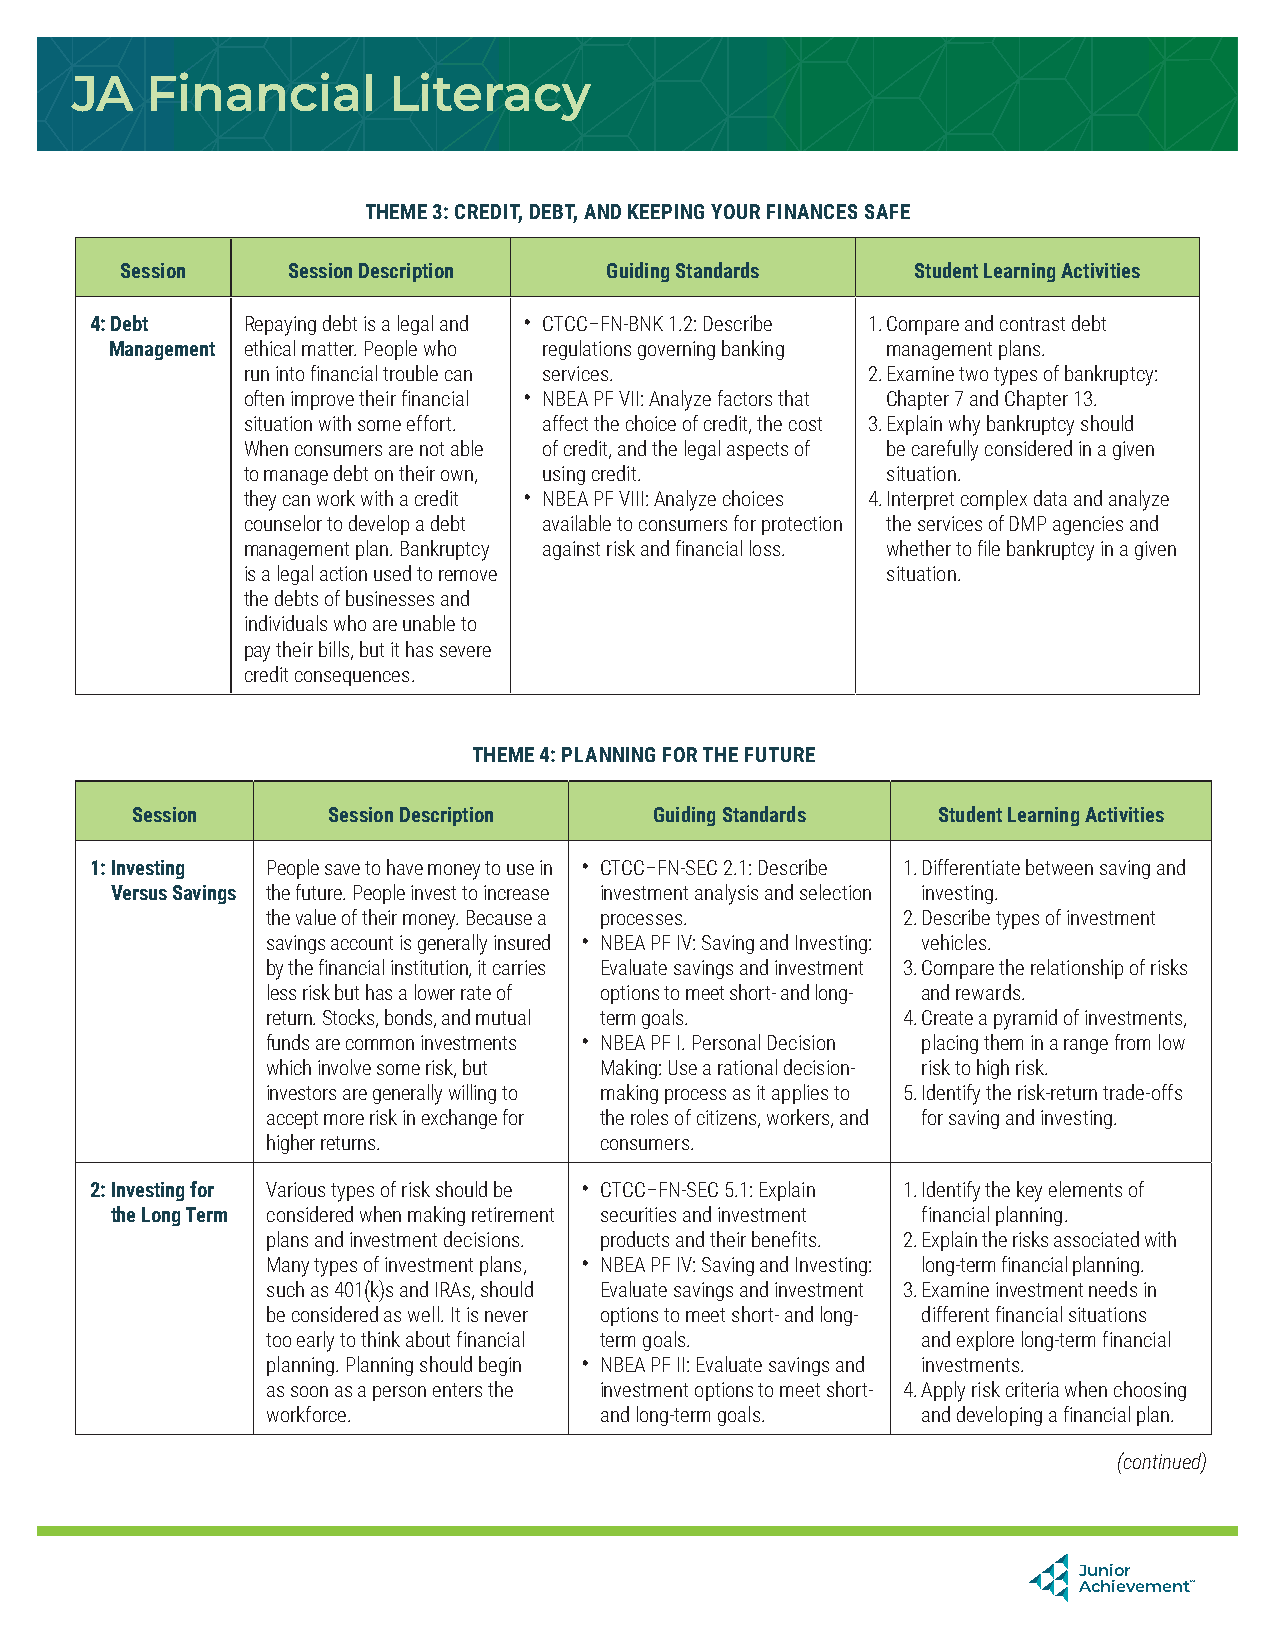
JA   Financial       Literacy
 THEME 3: CREDIT, DEBT, AND KEEPING YOUR FINANCES SAFE
 Session    Session Description  Guiding Standards    Student Learning Activities
 4: Debt   Repaying debt is a legal and • CTCC–FN-BNK 1.2: Describe 1. Compare and contrast debt
 Management ethical matter. People who regulations governing banking management plans.
 run into financial trouble can services. 2. Examine two types of bankruptcy:
 often improve their financial • NBEA PF VII: Analyze factors that Chapter 7 and Chapter 13.
 situation with some effort. affect the choice of credit, the cost 3. Explain why bankruptcy should
 When consumers are not able of credit, and the legal aspects of be carefully considered in a given
 to manage debt on their own, using credit. situation.
 they can work with a credit • NBEA PF VIII: Analyze choices 4. Interpret complex data and analyze
 counselor to develop a debt available to consumers for protection the services of DMP agencies and
 management plan. Bankruptcy against risk and financial loss. whether to file bankruptcy in a given
 is a legal action used to remove           situation.
 the debts of businesses and
 individuals who are unable to
 pay their bills, but it has severe
 credit consequences.
 THEME 4: PLANNING FOR THE FUTURE
 Session      Session Description  Guiding Standards  Student Learning Activities
 1: Investing People save to have money to use in • CTCC–FN-SEC 2.1: Describe 1. Differentiate between saving and
 Versus Savings the future. People invest to increase investment analysis and selection investing.
 the value of their money. Because a processes. 2. Describe types of investment
 savings account is generally insured • NBEA PF IV: Saving and Investing: vehicles.
 by the financial institution, it carries Evaluate savings and investment 3. Compare the relationship of risks
 less risk but has a lower rate of options to meet short- and long- and rewards.
 return. Stocks, bonds, and mutual term goals. 4. Create a pyramid of investments,
 funds are common investments • NBEA PF I. Personal Decision placing them in a range from low
 which involve some risk, but Making: Use a rational decision- risk to high risk.
 investors are generally willing to making process as it applies to 5. Identify the risk-return trade-offs
 accept more risk in exchange for the roles of citizens, workers, and for saving and investing.
 higher returns.       consumers.
 2: I nvesting for Various types of risk should be • CTCC–FN-SEC 5.1: Explain 1. Identify the key elements of
 the Long Term considered when making retirement securities and investment financial planning.
 plans and investment decisions. products and their benefits. 2. Explain the risks associated with
 Many types of investment plans, • NBEA PF IV: Saving and Investing: long-term financial planning.
 such as 401(k)s and IRAs, should Evaluate savings and investment 3. Examine investment needs in
 be considered as well. It is never options to meet short- and long- different financial situations
 too early to think about financial term goals. and explore long-term financial
 planning. Planning should begin • NBEA PF II: Evaluate savings and investments.
 as soon as a person enters the investment options to meet short- 4. Apply risk criteria when choosing
 workforce.            and long-term goals. and developing a financial plan.
 (continued)
 Junior
 Achievement™